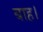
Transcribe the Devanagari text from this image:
बाह।